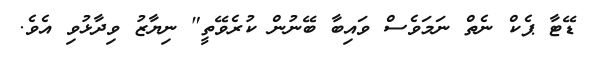
ޑޭޓާ ޕެކް ނެތް ނަމަވެސް ވައިބާ ބޭނުން ކުރެވޭތީ" ނިޔާޒު ވިދާޅުވި އެވެ.